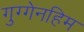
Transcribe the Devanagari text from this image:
गुग्गेनहिम